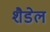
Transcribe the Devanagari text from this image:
शैडेल